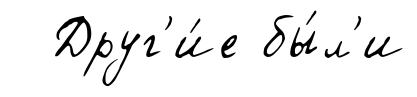
Друг'и́е бы́л'и